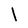
Character: I